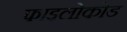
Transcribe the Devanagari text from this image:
फाइलोकोड